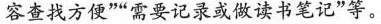
容查找方便””需要记录或做读书笔记”等。